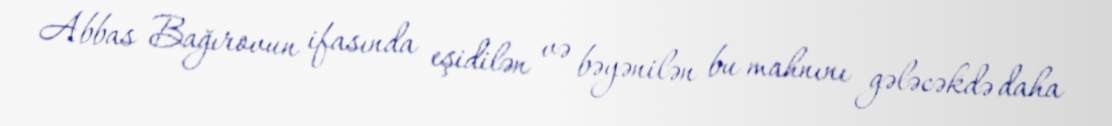
Abbas Bağırovun ifasında eşidilən və bəyənilən bu mahnını gələcəkdə daha